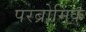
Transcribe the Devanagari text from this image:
परब्रोमिक